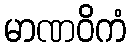
မာဏဝိကံ